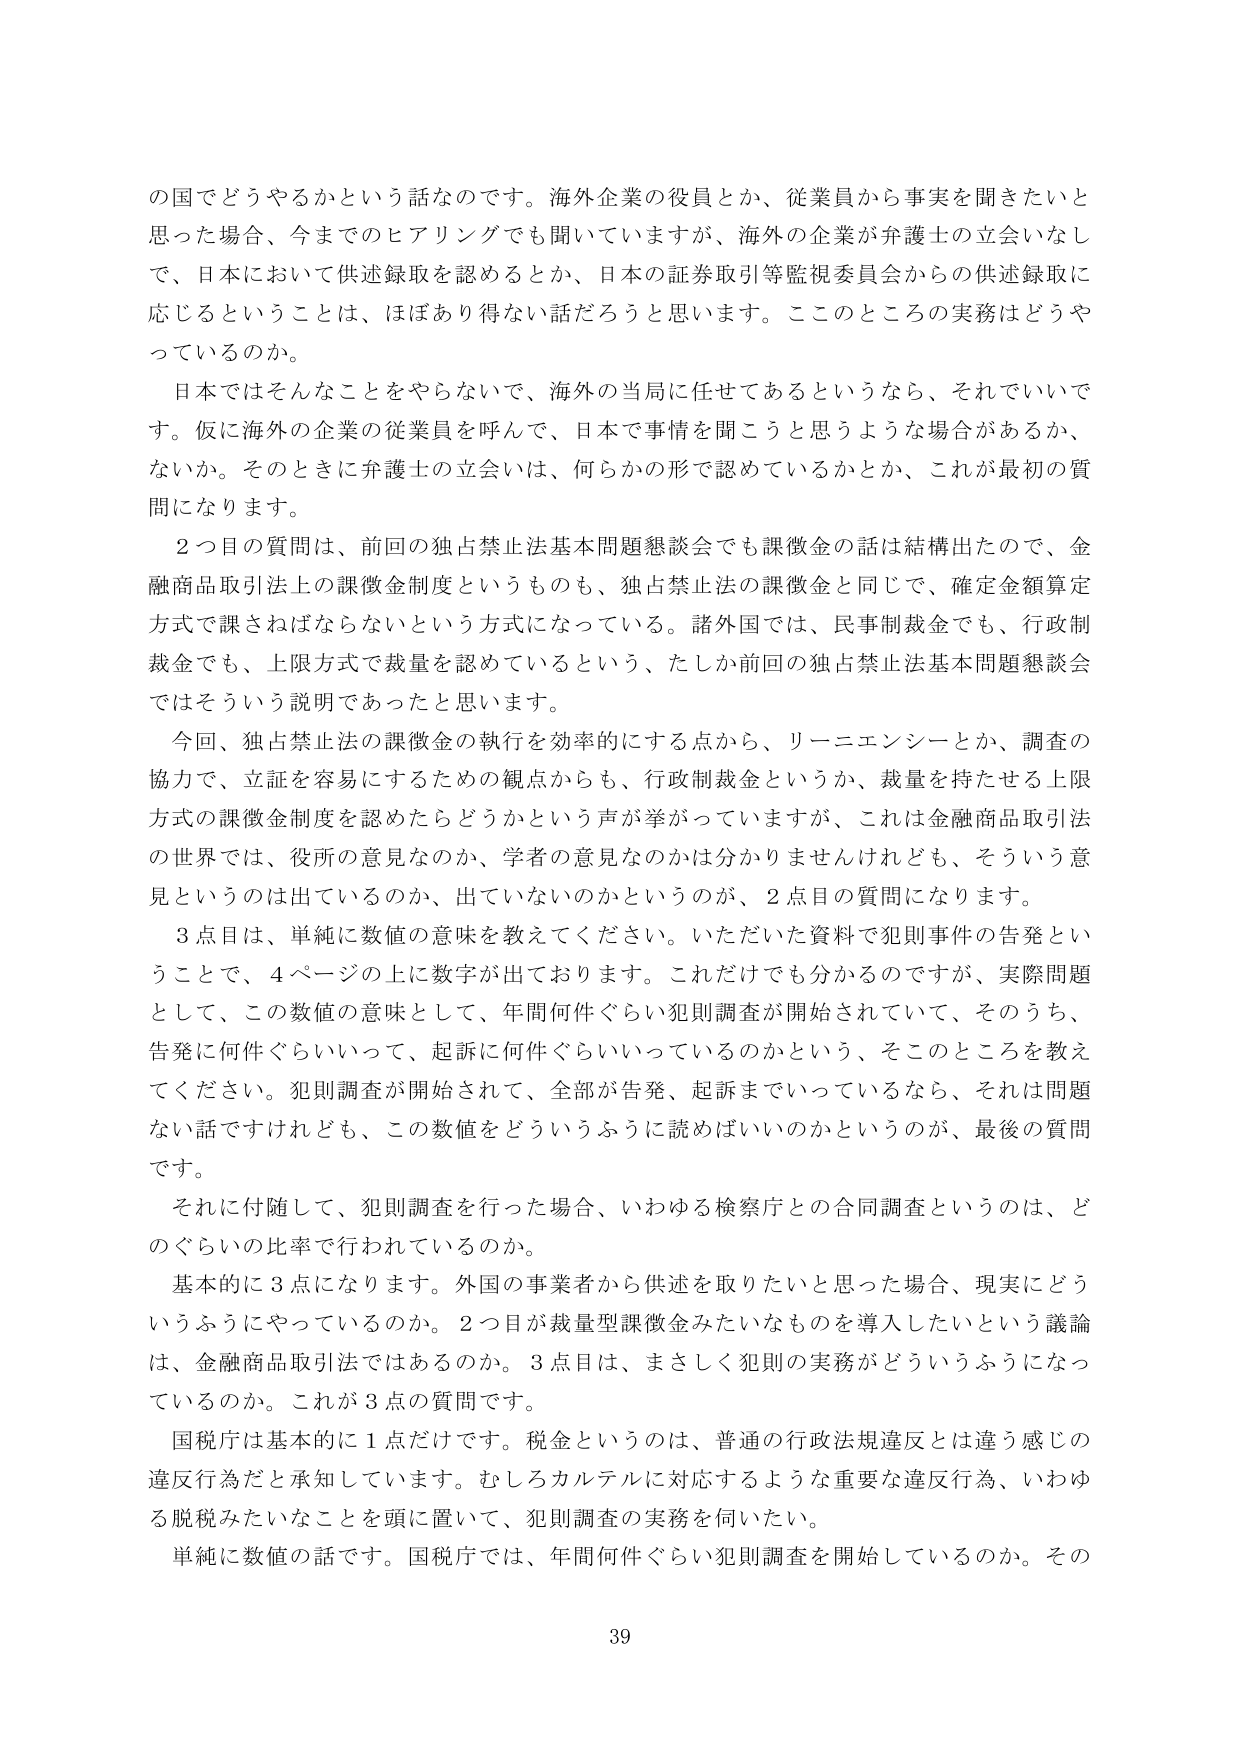
の国でどうやるかという話なのです。海外企業の役員とか、従業員から事実を聞きたいと思った場合、今までのヒアリングでも聞いていますが、海外の企業が弁護士の立会いなしで、日本において供述録取を認めるとか、日本の証券取引等監視委員会からの供述録取に応じるということは、ほぼあり得ない話だろうと思います。ここのところの実務はどうやってるのか。

日本ではそんなことをやらないで、海外の当局に任せてあるというなら、それでいいです。仮に海外の企業の従業員を呼んで、日本で事情を聞こうと思うような場合があるか、ないか。そのときに弁護士の立会いは、何らかの形で認めているかとか、これが最初の質問になります。

2つ目の質問は、前回の独占禁止法基本問題懇談会でも課徴金の話は結構出たので、金融商品取引法上の課徴金制度というのも、独占禁止法の課徴金と同じで、確定金額算定方式で課さねばならないという方式になっている。諸外国では、民事制裁金でも、行政制裁金でも、上限方式で裁量を認めているという、たしか前回の独占禁止法基本問題懇談会ではそういう説明であったと思います。

今回、独占禁止法の課徴金の執行を効率的にする点から、リーニエンシーとか、調査の協力で、立証を容易にするための観点からも、行政制裁金というか、裁量を持たせる上限方式の課徴金制度を認めたたらどうかという声が挙がっていますが、これは金融商品取引法の世界では、役所の意見なのか、学者の意見なのかは分かりませんけれども、そういう意見というのは出ているのか、出ていないのかというのが、2点目の質問になります。

3点目は、単純に数値の意味を教えてください。いただいた資料で犯則事件の告発ということで、4ページの上に数字が出ております。これだけでも分かるのですが、実際問題として、この数値の意味として、年間何件ぐらい犯則調査が開始されていて、そのうち、告発に何件ぐらいいって、起訴に何件ぐらいいっているのかという、そこのところを教えてください。犯則調査が開始されて、全部が告発、起訴までいっているなら、それは問題ない話ですけれども、この数値をどういうふうに読めばいいのかというのが、最後の質問です。

それに付随して、犯則調査を行った場合、いわゆる検察庁との合同調査というのは、どのぐらいの比率で行われているのか。

基本的に3点になります。外国の事業者から供述を取りたいと思った場合、現実にどういうふうにやっているのか。2つ目が裁量型課徴金みたいなものを導入したいという議論は、金融商品取引法ではあるのか。3点目は、まさしく犯則の実務がどういうふうになっているのか。これが3点の質問です。

国税庁は基本的に1点だけです。税金というのは、普通の行政法規違反とは違う感じの違反行為だと承知しています。むしろカルテルに対応するような重要な違反行為、いわゆる脱税みたいなことを頭に置いて、犯則調査の実務を伺いたい。

単純に数値の話です。国税庁では、年間何件ぐらい犯則調査を開始しているのか。その

39